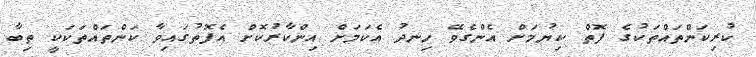
ކުރިކަންތައްތަކުގެ ފޮތް ކިޔުމަށް އެންގެވޭ ހިނދު އެކަމަށް އިންކާރުކޮށް އެފޮތުގައިވާ ކަންތައްތަކަކީ ތިބާ